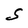
Character: S